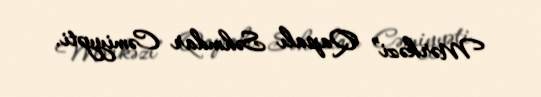
Mərkəzi” Qapalı Səhmdar Cəmiyyəti.